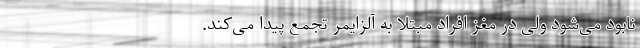
نابود می‌شود ولی در مغز افراد مبتلا به آلزایمر تجمع پیدا می‌کند.